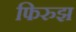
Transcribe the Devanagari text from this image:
फिरुझ